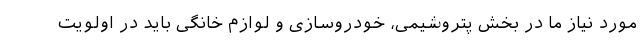
مورد نیاز ما در بخش پتروشیمی، خودروسازی و لوازم خانگی باید در اولویت